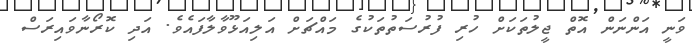
ވަނީ އަންނަން އޮތް ޖީލުތަކަށް ހުރި ފުރުސަތުތަކުގެ މައްޗަށް އަލިއަޅޫވާލާފައެވެ. އަދި ކޮރޯނާވައިރަސް